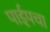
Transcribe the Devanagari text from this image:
पाईपचा